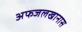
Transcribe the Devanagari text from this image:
अफजलखानास